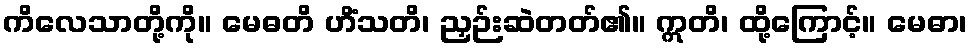
ကိလေသာတို့ကို။ မေဓတိ ဟိံသတိ၊ ညှဉ်းဆဲတတ်၏။ ဣတိ၊ ထို့ကြောင့်။ မေဓာ၊